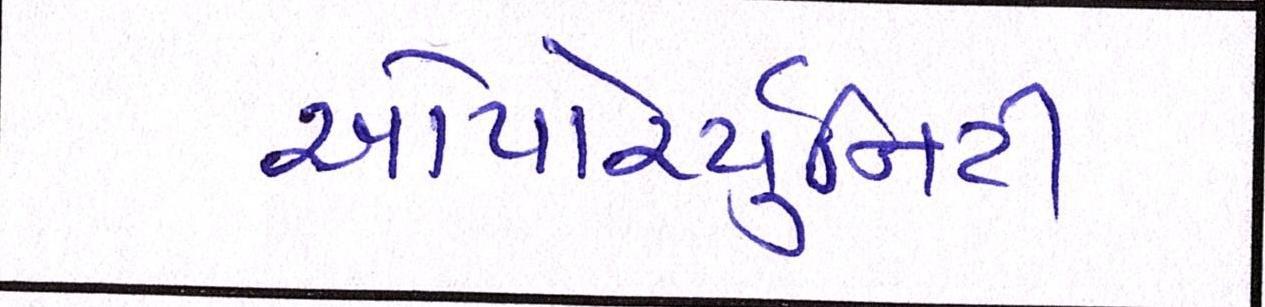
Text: ઓપોર્ચ્યુનિટી